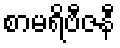
စာမရိဗီဇနီ